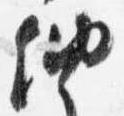
納